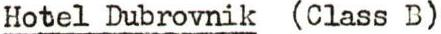
Hotel Dubrovnik (Class B)